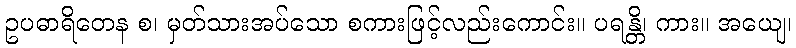
ဥပဓာရိတေန စ၊ မှတ်သားအပ်သော စကားဖြင့်လည်းကောင်း။ ပရန္တိ၊ ကား။ အယျေ၊